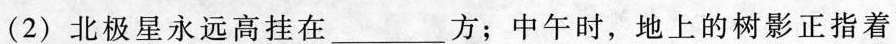
(2)北极星永远高挂在___方；中午时，地上的树影正指着